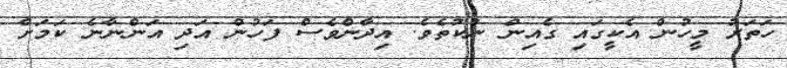
ހަތަރު މީހުން އެކީގައި ގެއިން ނުކުތެވެ. އިދާންވެސް ފަހުން އަދި އަންނާނެ ކަމަށް